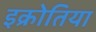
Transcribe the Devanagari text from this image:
इक्रोतिया